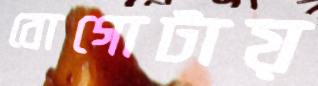
বোগোটায়